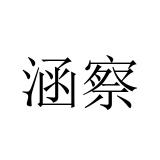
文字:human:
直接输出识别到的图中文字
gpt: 涵察